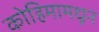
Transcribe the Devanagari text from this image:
कोहिमामधून